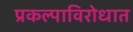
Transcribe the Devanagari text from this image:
प्रकल्पाविरोधात